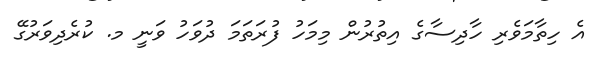
އެ ހިތާމަވެރި ހާދިސާގެ އިތުރުން މިމަހު ފުރަތަމަ ދުވަހު ވަނީ މ. ކުރެދިވަރުގޭ